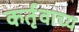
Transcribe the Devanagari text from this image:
कर्तृवाच्य